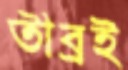
তীব্রই